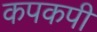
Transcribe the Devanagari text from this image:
कपकपी